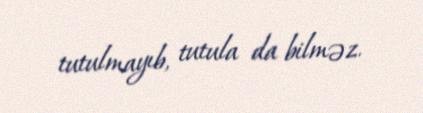
tutulmayıb, tutula da bilməz.